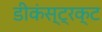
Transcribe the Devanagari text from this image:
डीकंस्ट्रक्ट